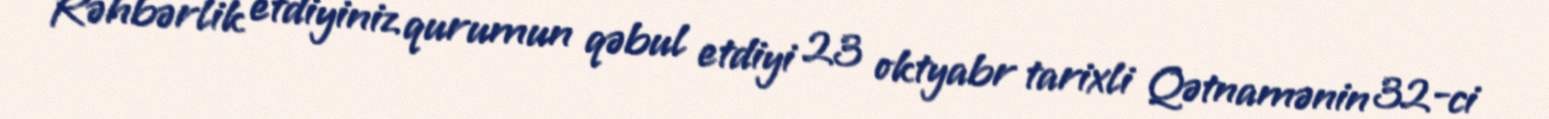
Rəhbərlik etdiyiniz qurumun qəbul etdiyi 23 oktyabr tarixli Qətnamənin 32-ci